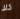
كلا